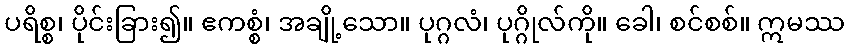
ပရိစ္စ၊ ပိုင်းခြား၍။ ဧကစ္စံ၊ အချို့သော။ ပုဂ္ဂလံ၊ ပုဂ္ဂိုလ်ကို။ ခေါ၊ စင်စစ်။ ဣမဿ